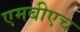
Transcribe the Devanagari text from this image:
एमबीएच